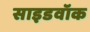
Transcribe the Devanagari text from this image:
साइडवॉक